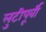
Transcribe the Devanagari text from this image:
लुटीपूर्वी